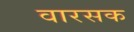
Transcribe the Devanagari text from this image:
वारसक